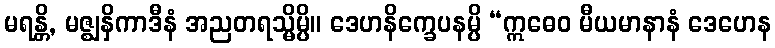
မရန္တိ, မဇ္ဈနှိကာဒီနံ အညတရသ္မိမ္ပိ။ ဒေဟနိက္ခေပနမ္ပိ “ဣဓေဝ မီယမာနာနံ ဒေဟေန